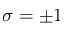
\sigma = \pm 1